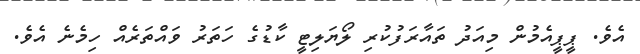
އެވެ. ޕީޕީއެމުން މިއަދު ތައާރަފުކުރި ލޯޔަލިޓީ ކާޑުގެ ހަތަރު ވައްތަރެއް ހިމެނެ އެވެ.